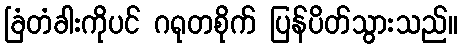
ခြံတံခါးကိုပင် ဂရုတစိုက် ပြန်ပိတ်သွားသည်။